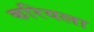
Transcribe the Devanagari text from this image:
करियला